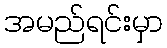
အမည်ရင်းမှာ